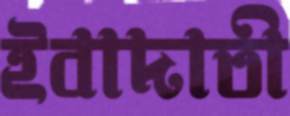
ইবাদাতী